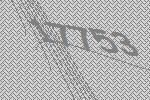
17753